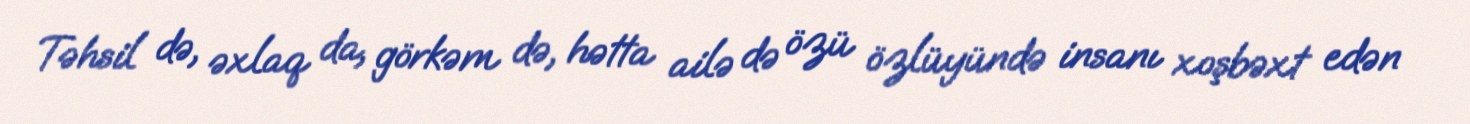
Təhsil də, əxlaq da, görkəm də, hətta ailə də özü özlüyündə insanı xoşbəxt edən